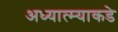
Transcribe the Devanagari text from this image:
अध्यात्म्याकडे